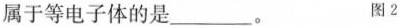
属于等电子体的是____。 图2